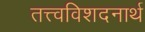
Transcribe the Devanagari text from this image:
तत्त्वविशदनार्थ